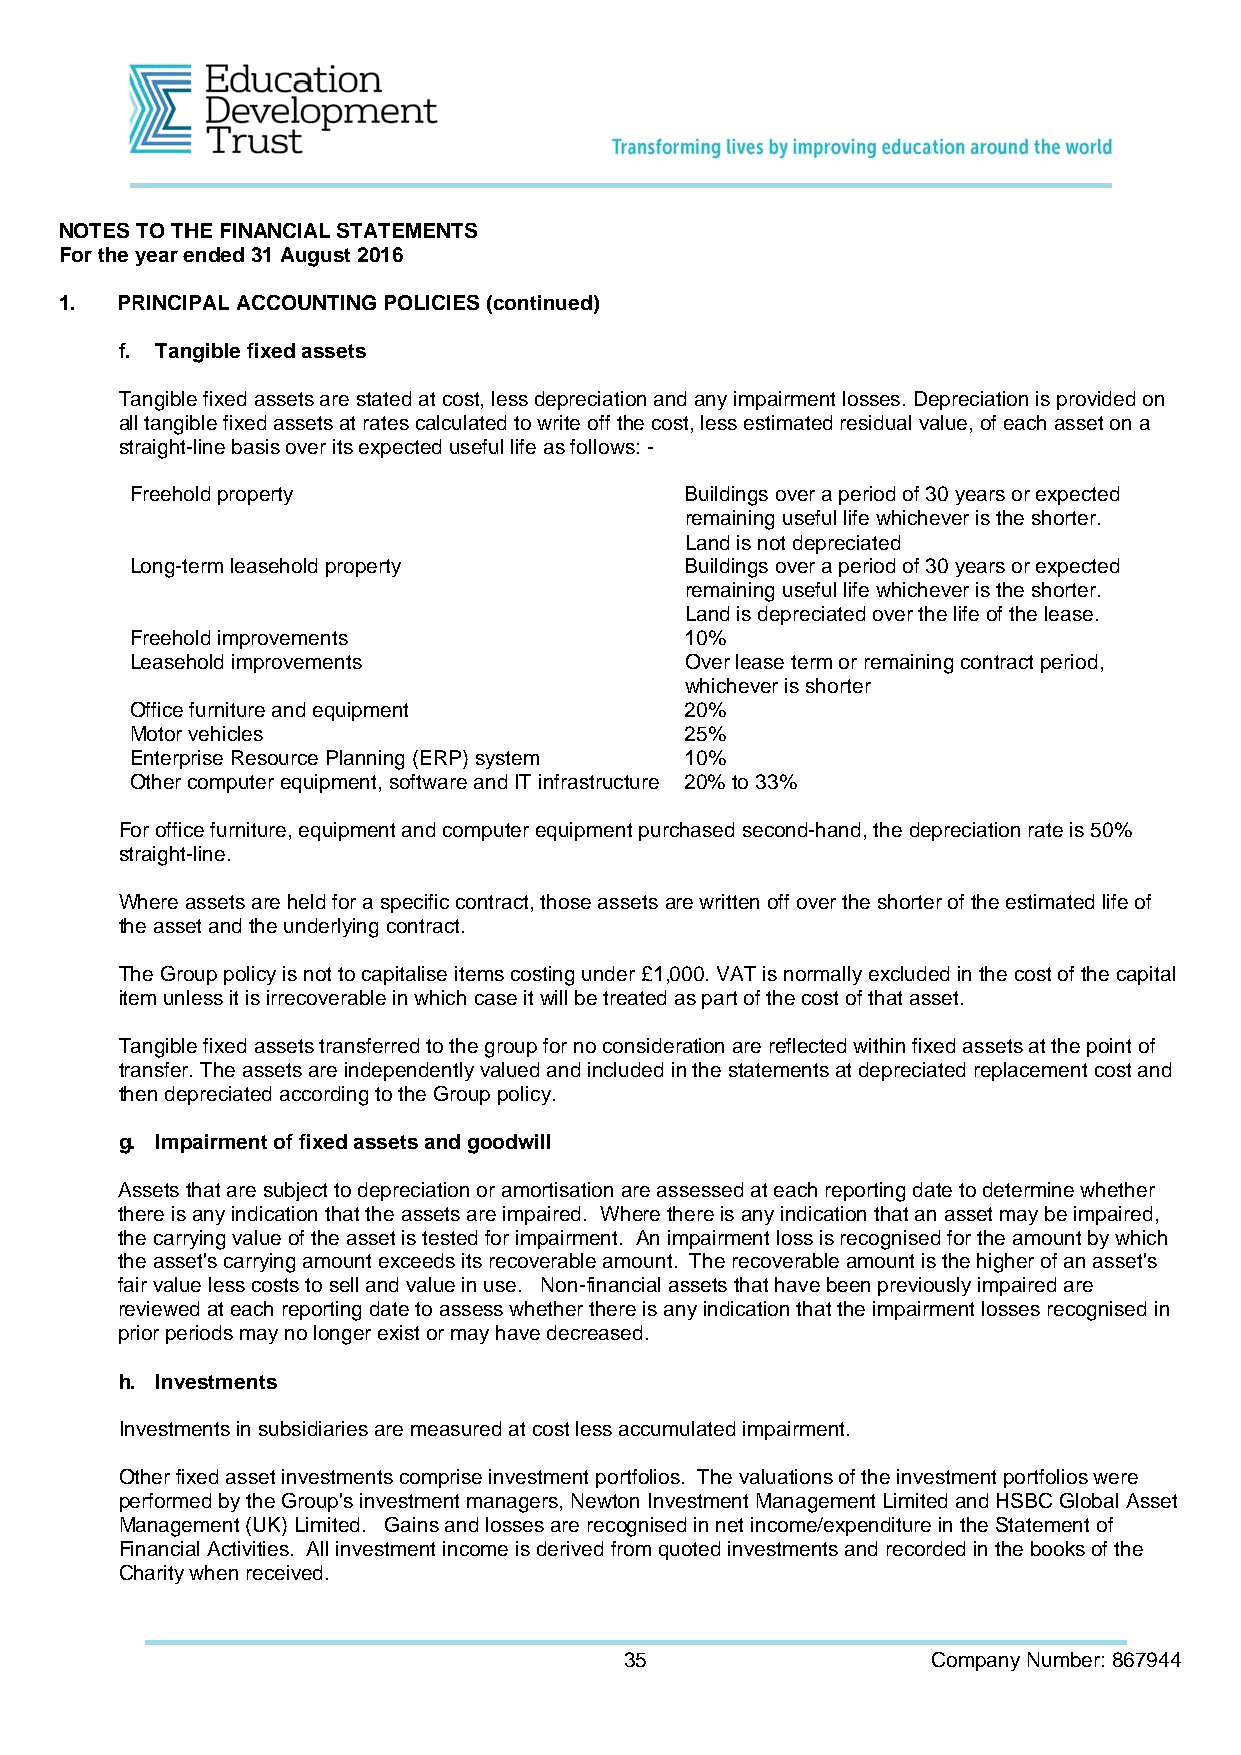
NOTES TO THE FINANCIAL STATEMENTS
 For the year ended 31 August 2016
 1.  PRINCIPAL ACCOUNTING POLICIES (continued)
 f. Tangible fixed assets
 Tangible fixed assets are stated at cost, less depreciation and any impairment losses. Depreciation is provided on
 all tangible fixed assets at rates calculated to write off the cost, less estimated residual value, of each asset on a
 straight-line basis over its expected useful life as follows: -
 Freehold property                   Buildings over a period of 30 years or expected
 remaining useful life whichever is the shorter.
 Land is not depreciated
 Long-term leasehold property        Buildings over a period of 30 years or expected
 remaining useful life whichever is the shorter.
 Land is depreciated over the life of the lease.
 Freehold improvements               10%
 Leasehold improvements              Over lease term or remaining contract period,
 whichever is shorter
 Office furniture and equipment      20%
 Motor vehicles                      25%
 Enterprise Resource Planning (ERP) system 10%
 Other computer equipment, software and IT infrastructure 20% to 33%
 For office furniture, equipment and computer equipment purchased second-hand, the depreciation rate is 50%
 straight-line.
 Where assets are held for a specific contract, those assets are written off over the shorter of the estimated life of
 the asset and the underlying contract.
 The Group policy is not to capitalise items costing under £1,000. VAT is normally excluded in the cost of the capital
 item unless it is irrecoverable in which case it will be treated as part of the cost of that asset.
 Tangible fixed assets transferred to the group for no consideration are reflected within fixed assets at the point of
 transfer. The assets are independently valued and included in the statements at depreciated replacement cost and
 then depreciated according to the Group policy.
 g. Impairment of fixed assets and goodwill
 Assets that are subject to depreciation or amortisation are assessed at each reporting date to determine whether
 there is any indication that the assets are impaired. Where there is any indication that an asset may be impaired,
 the carrying value of the asset is tested for impairment. An impairment loss is recognised for the amount by which
 the asset's carrying amount exceeds its recoverable amount. The recoverable amount is the higher of an asset's
 fair value less costs to sell and value in use. Non-financial assets that have been previously impaired are
 reviewed at each reporting date to assess whether there is any indication that the impairment losses recognised in
 prior periods may no longer exist or may have decreased.
 h. Investments
 Investments in subsidiaries are measured at cost less accumulated impairment.
 Other fixed asset investments comprise investment portfolios. The valuations of the investment portfolios were
 performed by the Group's investment managers, Newton Investment Management Limited and HSBC Global Asset
 Management (UK) Limited. Gains and losses are recognised in net income/expenditure in the Statement of
 Financial Activities. All investment income is derived from quoted investments and recorded in the books of the
 Charity when received.
 35                   Company Number: 867944